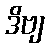
ဒိဗျ